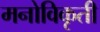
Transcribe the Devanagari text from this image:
मनोविकृती